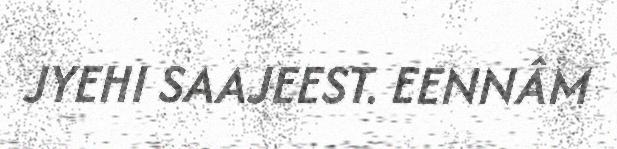
JYEHI SAAJEEST. EENNÂM